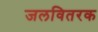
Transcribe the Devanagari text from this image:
जलवितरक